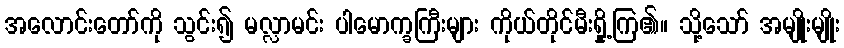
အလောင်းတော်ကို သွင်း၍ မလ္လာမင်း ပါမောက္ခကြီးများ ကိုယ်တိုင်မီးရှို့ကြ၏။ သို့သော် အမျိုးမျိုး